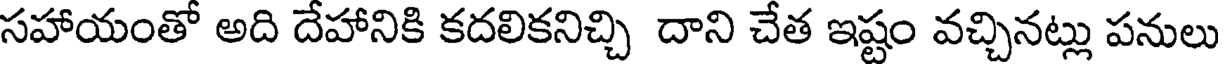
సహాయంతో అది దేహానికి కదలికనిచ్చి దాని చేత ఇష్టం వచ్చినట్లు పనులు